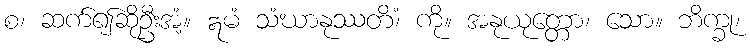
စ၊ ဆက်၍ဆိုဦးအံ့။ ဣမံ သံဃာနုဿတိံ၊ ကို။ အနုယုတ္တော၊ သော။ ဘိက္ခု၊